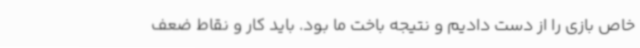
خاص بازی را از دست دادیم و نتیجه باخت ما بود. باید کار و نقاط ضعف